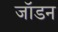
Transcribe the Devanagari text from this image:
जॉडन